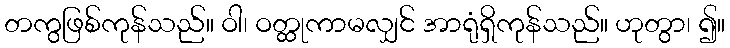
တကွဖြစ်ကုန်သည်။ ဝါ၊ ဝတ္ထုကာမလျှင် အာရုံရှိကုန်သည်။ ဟုတွာ၊ ၍။